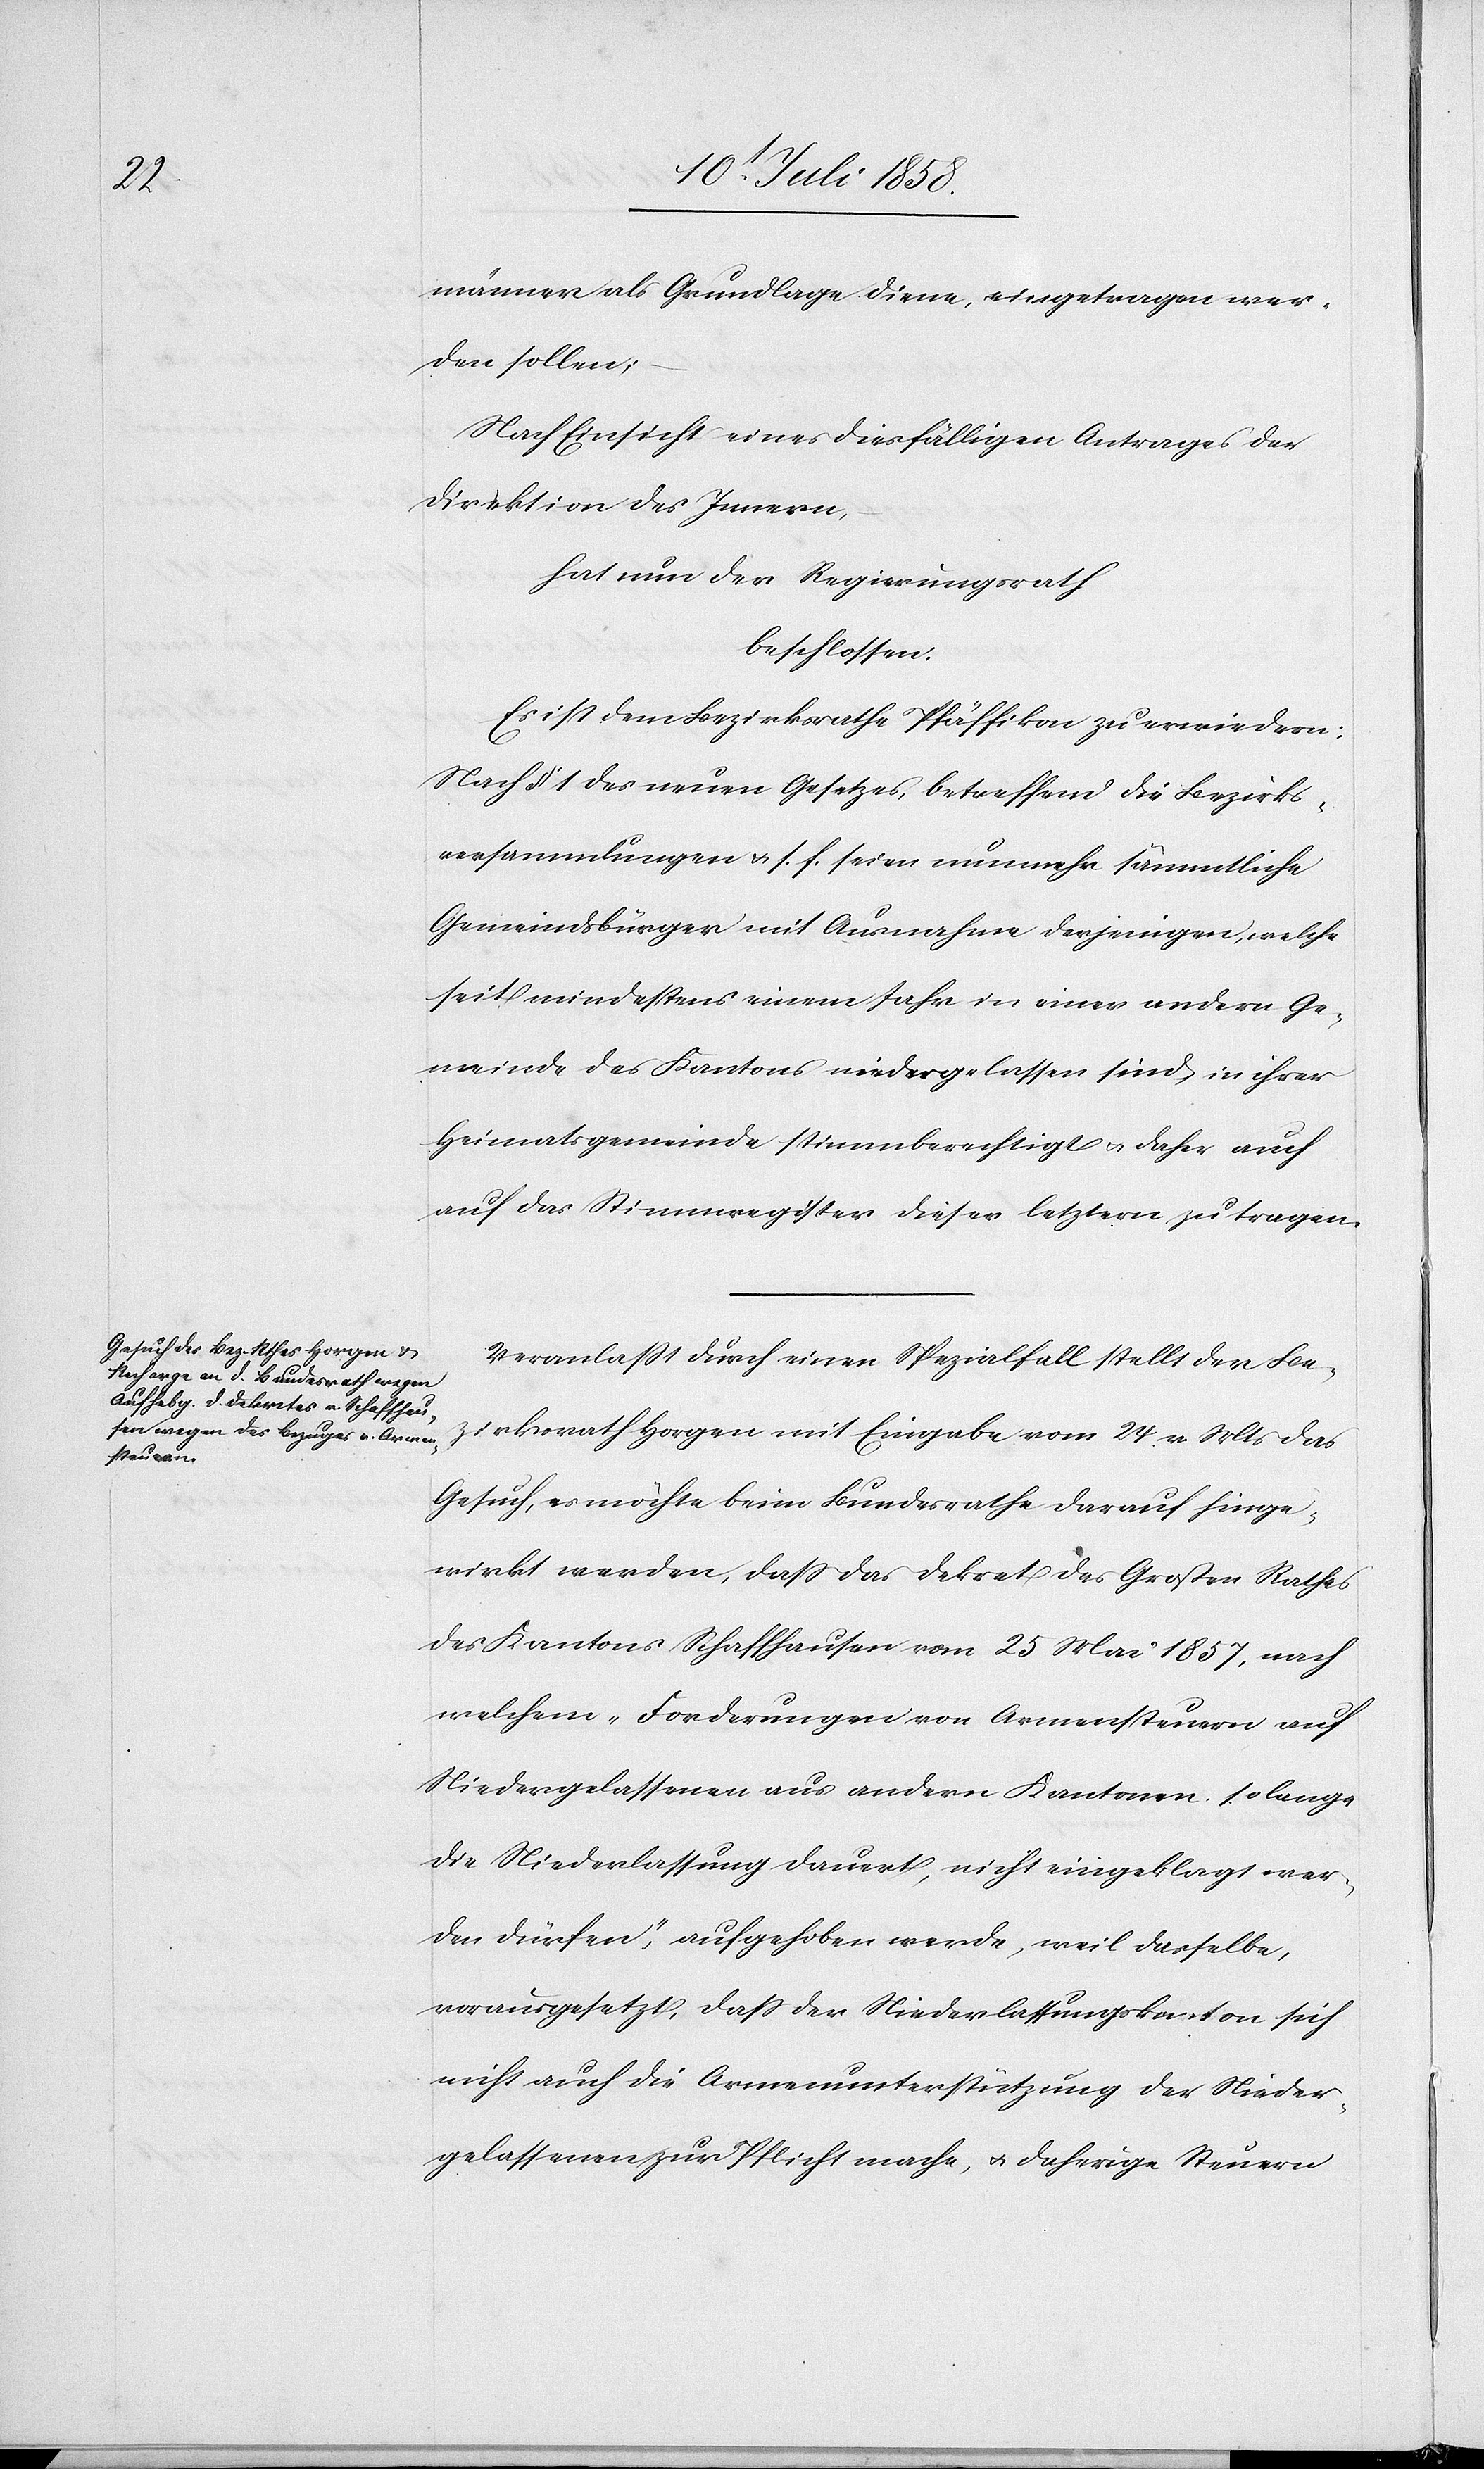
männer als Grundlage diene, eingetragen wer¬
den sollen;
Nach Einsicht eines diesfälligen Antrages der
Direktion des Innern,
hat nun der Regierungsrath
beschlossen:
Es ist dem Bezirksrathe Pfäffikon zu erwiedern:
Nach § 1 des neuen Gesetzes, betreffend die Bezirks¬
versammlungen & s. f. seien nunmehr sämmtliche
Gemeindsbürger mit Ausnahme derjenigen, welche
seit mindestens einem Jahr in einer andern Ge¬
meinde des Kantons niedergelassen sind, in ihrer
Heimatsgemeinde stimmberechtigt & daher auch
auf das Stimmregister dieser letztern zu tragen.
Veranlasst durch einen Spezialfall stellt der Be¬
zirksrath Horgen mit Eingabe vom 24 v. Mts das
Gesuch, es möchte beim Bundesrathe darauf hinge¬
wirkt werden, dass das Dekret des Großen Rathes
des Kantons Schaffhausen vom 25 Mai 1857, nach
welchem „Forderungen von Armensteuern auf
Niedergelassenen aus andern Kantonen so lange
die Niederlassung dauert, nicht eingeklagt wer¬
den dürfen“, aufgehoben werde, weil dasselbe,
vorausgesetzt, dass der Niederlassungskanton sich
nicht auch die Armenunterstützung der Nieder¬
gelassenen zur Pflicht mache, & daherige Steuern